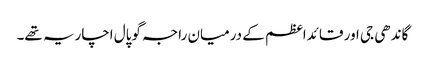
گاندھی جی اور قائداعظم کے درمیان راجہ گوپال اچاریہ تھے۔